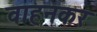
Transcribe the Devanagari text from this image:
वाहनकर